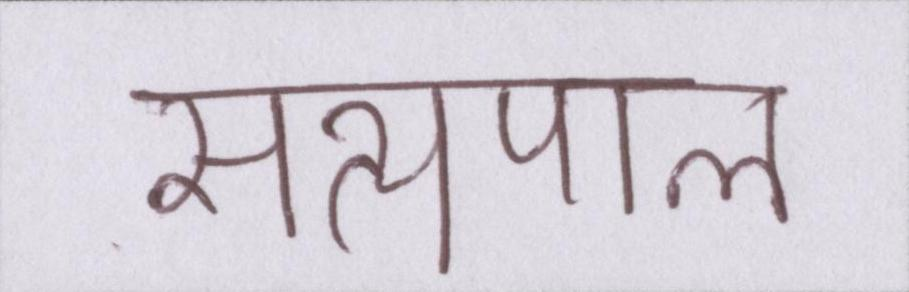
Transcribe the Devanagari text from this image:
सत्यपाल